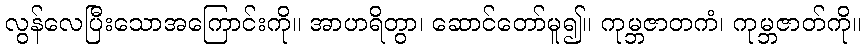
လွန်လေပြီးသောအကြောင်းကို။ အာဟရိတွာ၊ ဆောင်တော်မူ၍။ ကုမ္ဘဇာတကံ၊ ကုမ္ဘဇာတ်ကို။